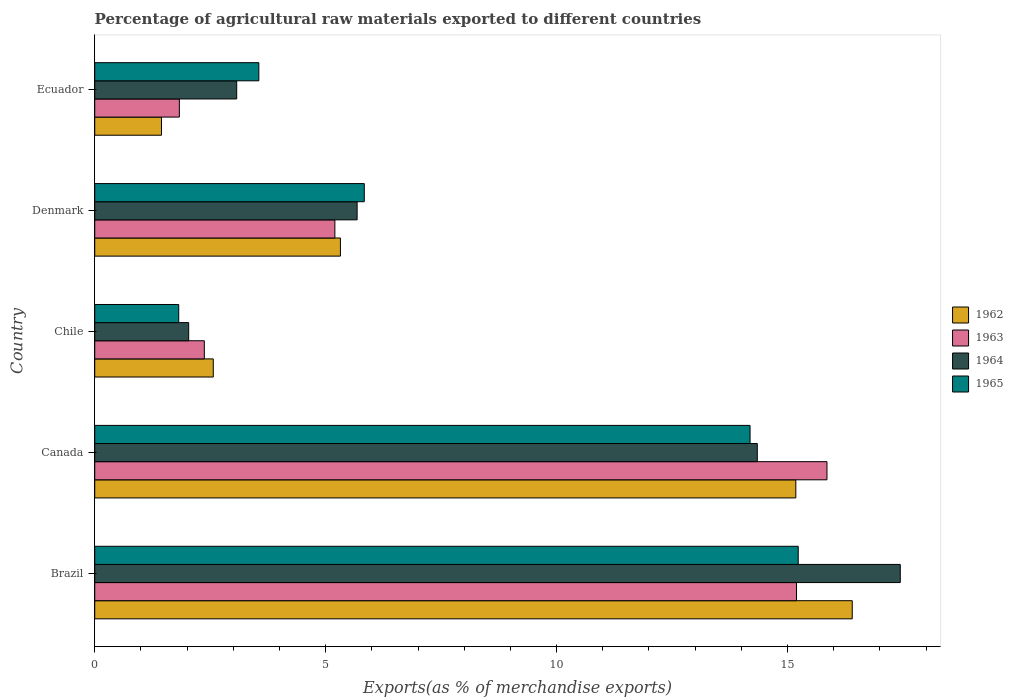
| Country | 1962 | 1963 | 1964 | 1965 |
 | --- | --- | --- | --- | --- |
 | Brazil | 16.4 | 15.2 | 17.4 | 15.2 |
 | Canada | 15.2 | 15.9 | 14.3 | 14.2 |
 | Chile | 2.57 | 2.37 | 2.03 | 1.82 |
 | Denmark | 5.32 | 5.2 | 5.68 | 5.84 |
 | Ecuador | 1.45 | 1.83 | 3.07 | 3.55 |